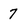
Character: 7